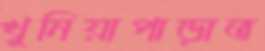
খুনিয়াপাড়াত